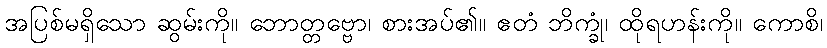
အပြစ်မရှိသော ဆွမ်းကို။ ဘောတ္တဗ္ဗော၊ စားအပ်၏။ ဧတံ ဘိက္ခုံ၊ ထိုရဟန်းကို။ ကောစိ၊